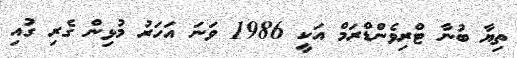
ތިޔާ ބުނާ ޓްރިވެންޑްރަމް އަކީ 1986 ވަނަ އަހަރު މުޅިން ގެރި ގުއި